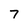
Character: 7